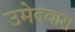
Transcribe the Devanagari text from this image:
उमेदवारा